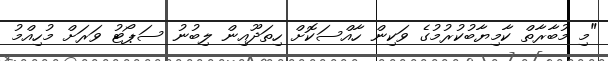
"މި މުބާރާތް ކާމިޔާބުކުރުމުގެ ވަކިން ހާއްސަކޮށް ހިތަދޫއިން ލިބުނު ސަޕޯޓު ވަރަށް މުހިއްމު